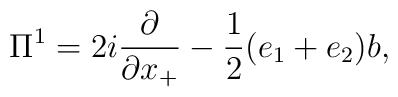
{\Pi}^1 = 2i \frac{\partial}{\partial x_{+}} -\frac{1}{2} (e_1+e_2)b,